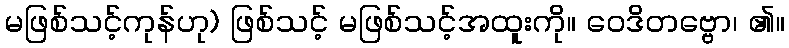
မဖြစ်သင့်ကုန်ဟု) ဖြစ်သင့် မဖြစ်သင့်အထူးကို။ ဝေဒိတဗ္ဗော၊ ၏။